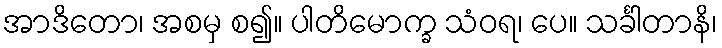
အာဒိတော၊ အစမှ စ၍။ ပါတိမောက္ခ သံဝရ၊ ပေ။ သင်္ခါတာနိ၊